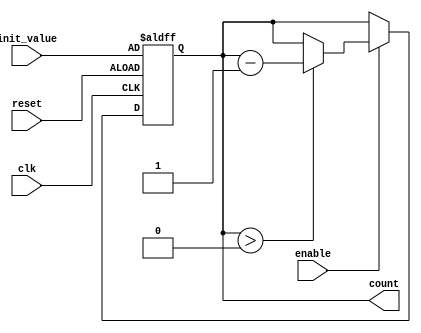
module binary_down_counter (
    input wire clk,               // Clock input
    input wire reset,             // Asynchronous reset input
    input wire enable,            // Count enable
    input wire [3:0] init_value,  // Initial value (for maximum count)
    output reg [3:0] count        // 4-bit output for the current count
);

    // Initialize the counter to the initial value on reset
    always @(posedge clk or posedge reset) begin
        if (reset) begin
            count <= init_value;   // Reset to the initial value
        end else if (enable) begin
            if (count > 0) begin
                count <= count - 1; // Decrement the count
            end
        end
    end

endmodule